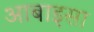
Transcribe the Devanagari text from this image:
आबाइसा